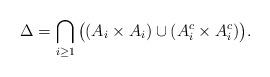
LaTeX: \begin{align*}\Delta=\bigcap_{i\geq 1}\big((A_i\times A_i) \cup (A_i^c\times A_i^c)\big).\end{align*}